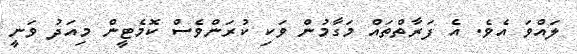
ލައްވަ އެވެ. އެ ފަރާތްތައް މަގާމުން ވަކި ކުރަންވެސް ކޮމެޓީން މިއަދު ވަނީ